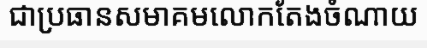
ជាប្រធានសមាគមលោកតែងចំណាយ